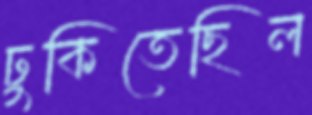
ঢুকিতেছিল